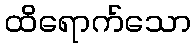
ထိရောက်သော